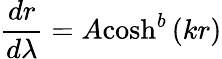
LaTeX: \frac{dr}{d\lambda}=A\textrm{cosh}^{b}\left(kr\right)